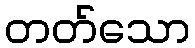
တတ်သော